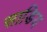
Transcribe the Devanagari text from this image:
साडिय